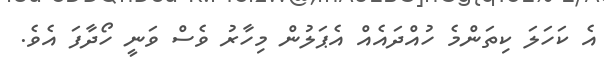
އެ ކަހަލަ ކިތަންމެ ހުއްދައެއް އެޕަލުން މިހާރު ވެސް ވަނީ ހޯދާފަ އެވެ.